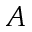
A